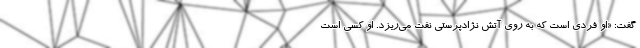
گفت: «او فردی است که به روی آتش نژادپرستی نفت می‌ریزد. او کسی است